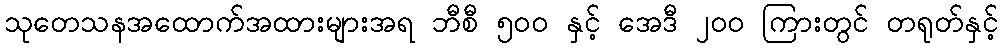
သုတေသနအထောက်အထားများအရ ဘီစီ ၅၀၀ နှင့် အေဒီ ၂၀၀ ကြားတွင် တရုတ်နှင့်